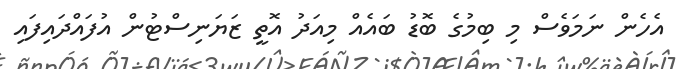
އެހެން ނަމަވެސް މި ބިމުގެ ބޮޑު ބައެއް މިއަދު އޮތީ ޒަޔަނިސްޓުން އުފައްދައިފައި